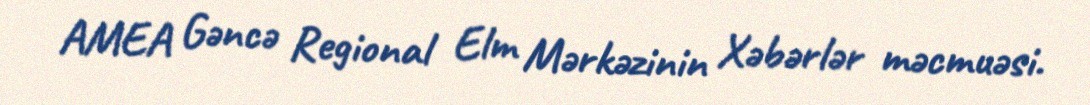
AMEA Gəncə Regional Elm Mərkəzinin Xəbərlər məcmuəsi.